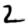
Digit: 2